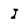
Character: I